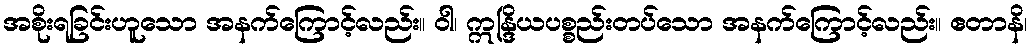
အစိုးရခြင်းဟူသော အနက်ကြောင့်လည်း။ ဝါ၊ ဣန္ဒြိယပစ္စည်းတပ်သော အနက်ကြောင့်လည်း။ ဧတာနိ၊